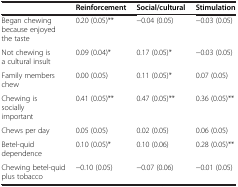
|  | Reinforcement | Social/cultural | Stimulation |
 | --- | --- | --- | --- |
 | Began chewing because enjoyed the taste | 0.20 (0.05)** | −0.04 (0.05) | −0.03 (0.05) |
 | Not chewing is a cultural insult | 0.09 (0.04)* | 0.17 (0.05)* | −0.03 (0.05) |
 | Family members chew | 0.00 (0.05) | 0.11 (0.05)* | 0.07 (0.05) |
 | Chewing is socially important | 0.41 (0.05)** | 0.47 (0.05)** | 0.36 (0.05)** |
 | Chews per day | 0.05 (0.05) | 0.02 (0.05) | 0.06 (0.05) |
 | Betel-quid dependence | 0.10 (0.05)* | 0.10 (0.06) | 0.28 (0.05)** |
 | Chewing betel-quid plus tobacco | −0.10 (0.05) | −0.07 (0.06) | −0.01 (0.05) |